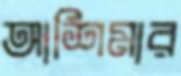
আশিমার